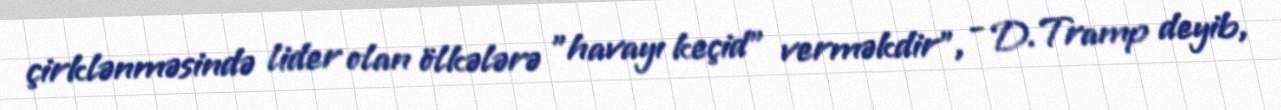
çirklənməsində lider olan ölkələrə "havayı keçid" verməkdir", - D.Tramp deyib,